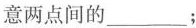
意两点间的___；